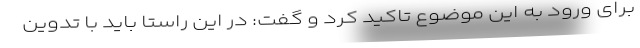
برای ورود به این موضوع تاکید کرد و گفت: در این راستا باید با تدوین